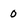
Character: 0